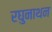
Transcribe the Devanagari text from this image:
रघुनाथन